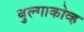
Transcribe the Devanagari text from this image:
बुल्गाकोव्ह